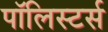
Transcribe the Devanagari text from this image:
पॉलिस्टर्स